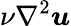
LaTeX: \nu\nabla^{2}\boldsymbol{u}